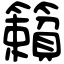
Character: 籟